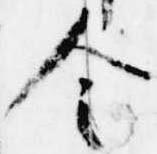
令